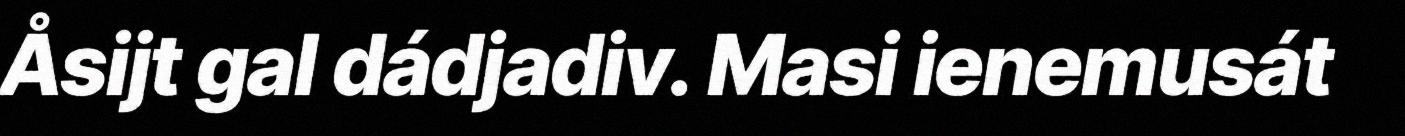
Åsijt gal dádjadiv. Masi ienemusát